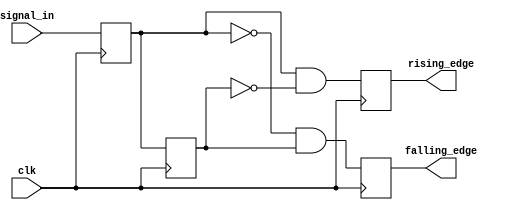
module differential_edge_detector (
    input wire clk,              // Clock signal
    input wire signal_in,        // Input signal to monitor
    output reg rising_edge,      // Rising edge output signal
    output reg falling_edge      // Falling edge output signal
);

    // Memory blocks to store previous and current states
    reg previous_state;          // Holds the previous state of signal_in
    reg current_state;           // Holds the current state of signal_in

    // Always block triggered on the rising edge of the clock
    always @(posedge clk) begin
        // Update current state with the input signal
        current_state <= signal_in;

        // Edge detection logic
        rising_edge <= (current_state && !previous_state); // Rising edge detected
        falling_edge <= (!current_state && previous_state); // Falling edge detected

        // Update previous state for the next clock cycle
        previous_state <= current_state;
    end

    // Initialize outputs to zero at the start
    initial begin
        rising_edge = 0;
        falling_edge = 0;
        previous_state = 0;
        current_state = 0;
    end

endmodule